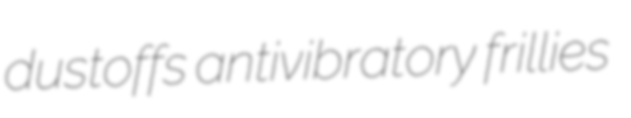
dustoffs antivibratory frillies